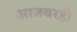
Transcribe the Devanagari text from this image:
आजवरही